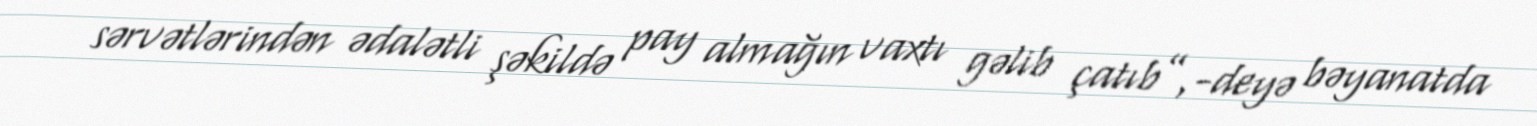
sərvətlərindən ədalətli şəkildə pay almağın vaxtı gəlib çatıb”,-deyə bəyanatda